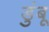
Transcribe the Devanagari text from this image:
डुंबू